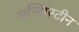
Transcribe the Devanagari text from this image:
अन्सिस्टीन